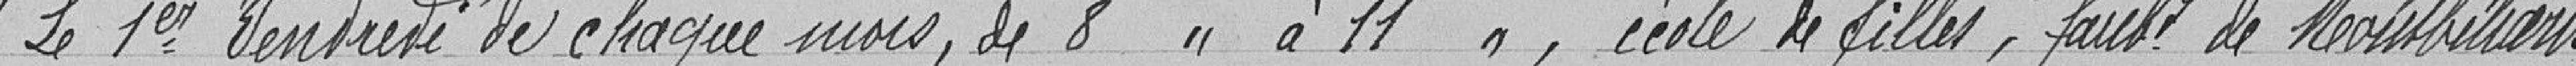
"Le premier vendredi de chaque mois, de 8 heures à 11 heures, école de filles, faubourg de Montbéliard